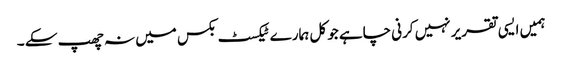
ہمیں ایسی تقریر نہیں کرنی چاہے جو کل ہمارے ٹیکسٹ بکس میں نہ چھپ سکے ۔